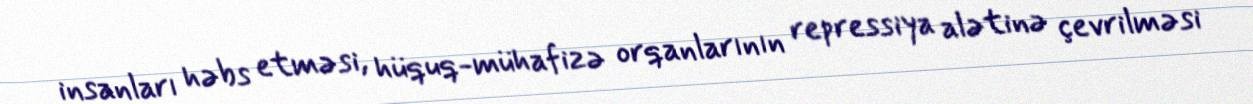
insanları həbs etməsi, hüquq-mühafizə orqanlarının repressiya alətinə çevrilməsi